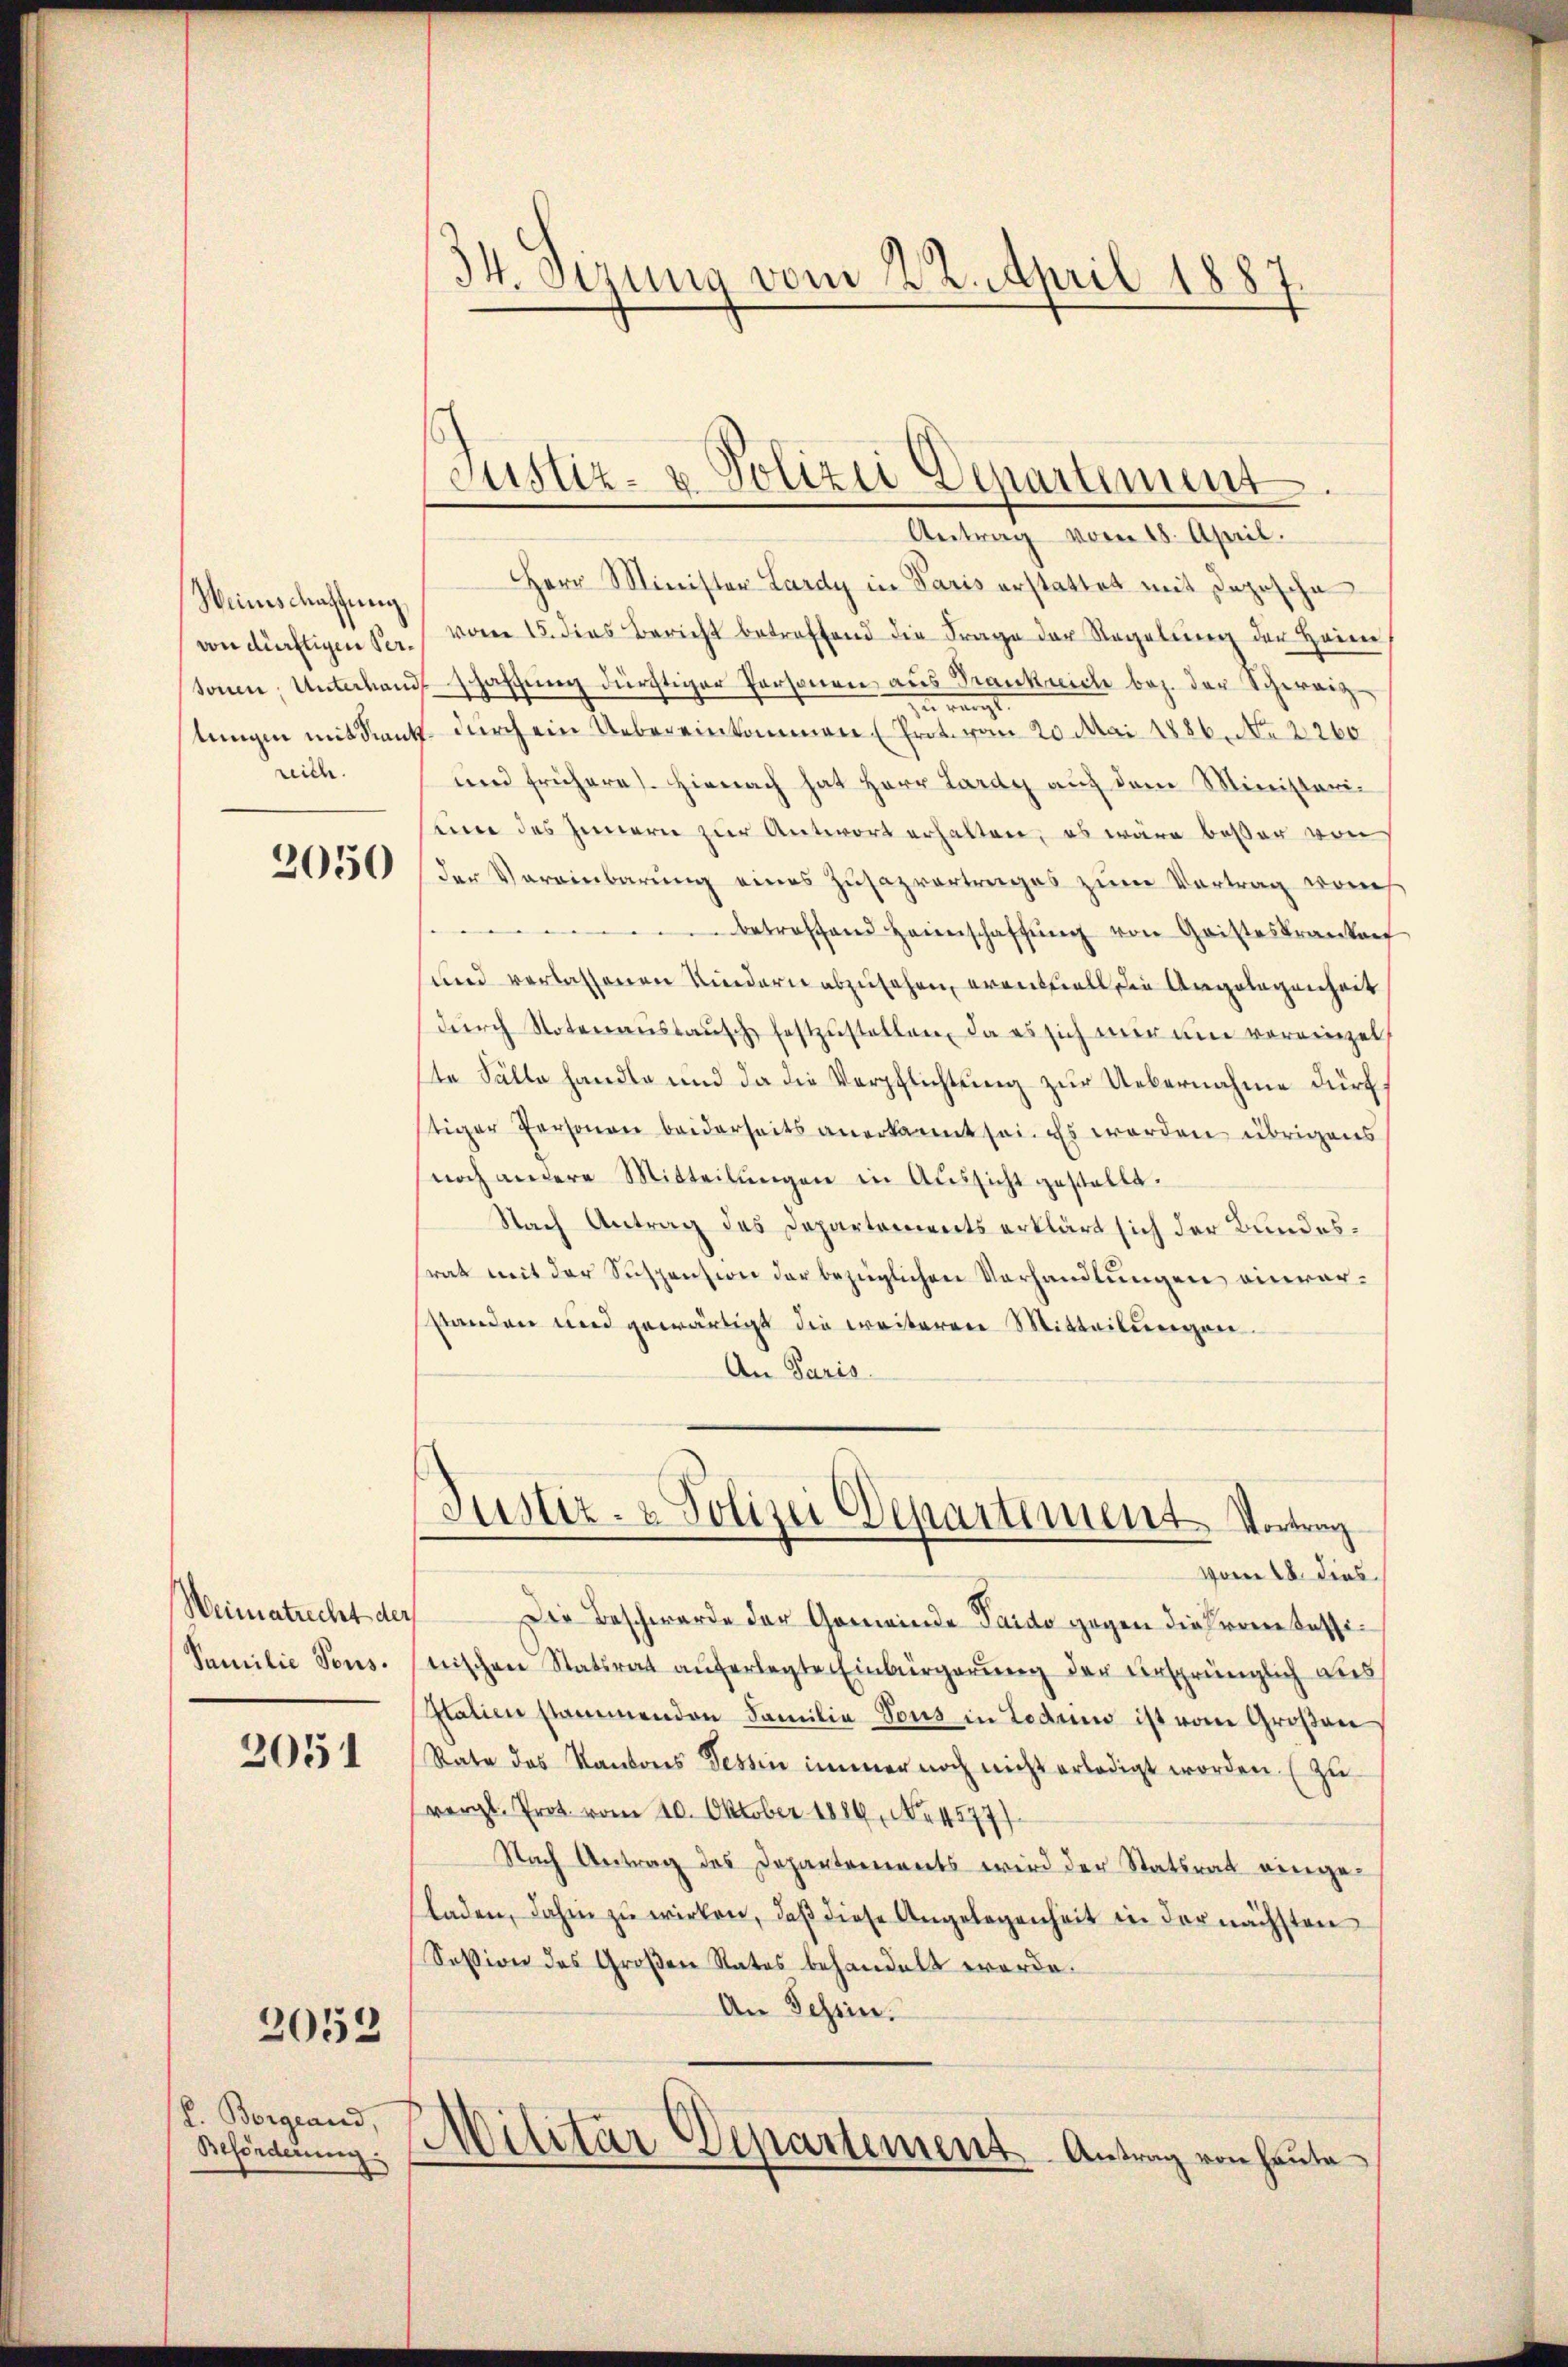
Weinschaffung,
rich.

2050

Weimatrecht der
Familie Tous.

2051

2053

(L. Borgeand,
Beförderung:

34. Sizung vom 22. April 1887.

Justiz- & Polizei Departement.
Antrag vom 18. April.

Herr Minister Lardy in Paris erstattet mit Depesche
von dürftigen Ver. vom 15. dies Bericht betreffend die Frage der Regelŭng der Heim
sonen, Unterhandschaffung dürftiger Personen, aus Frankliche bez. der Schweiz
zu rangt
tungen mit denkt. durch ein Uebereinkommen (Prot. vom 20. Mai 1886. No 2260
und früheres. Hienach hat Herr Lardy auf dem Ministeriseine des Innern zur Antwort erhalten, es wäre beßer von
der Vereinbarung eines Zŭsazvortrages zum Vortrag vons
betreffend Heimschaffŭng von Geisteskranken
und verlassenen Kindern abzusehen, eventuell die Angelegenheit
dŭrch Noteraŭstaŭsch festzŭstellen, da es sich mir am vereinzel
ste Fälle handle und da die Verpflichtung zur Uebernahme dürf
tiger Personen beiderseits anerkannt sei. Es werden übrigens
noch andere Mitteilŭngen in Aussicht gestellt.
Nach Antrag das Departements erklärt sich der Bundesrat mit der Suspension der bezüglichen Vorhandlungen einverstanden und gewärtigt die weiteren Mitteilungen.
An Paris

Justiz- & Polizei Departement Vortrag

vom 18. dies
Die Beschwerde der Gemeinde Taido gegen dies von Tessitrischen Statsrat auferlegte Einbürgerung der ursprünglich aus
Italien stammenden Familie Tous in Lodrimo ist vom Großau
Rate des Kantones Tessin immer noch nicht erledigt worden. (Zu
(vergl. Prot. vom 20. Oktober 1884, No. 4577)
Nach Antrag des Departements wird der Statsrat einge-
laden, dahin zŭ wirken, daβ diese Angelegenheit in der nächsten
Session des Großen Rates behandelt worde.
An Tessin.
Militär Departement Antrag von heute